Leaving Certificate Examination (including Day School Certificate (Higher) General paper), 1938
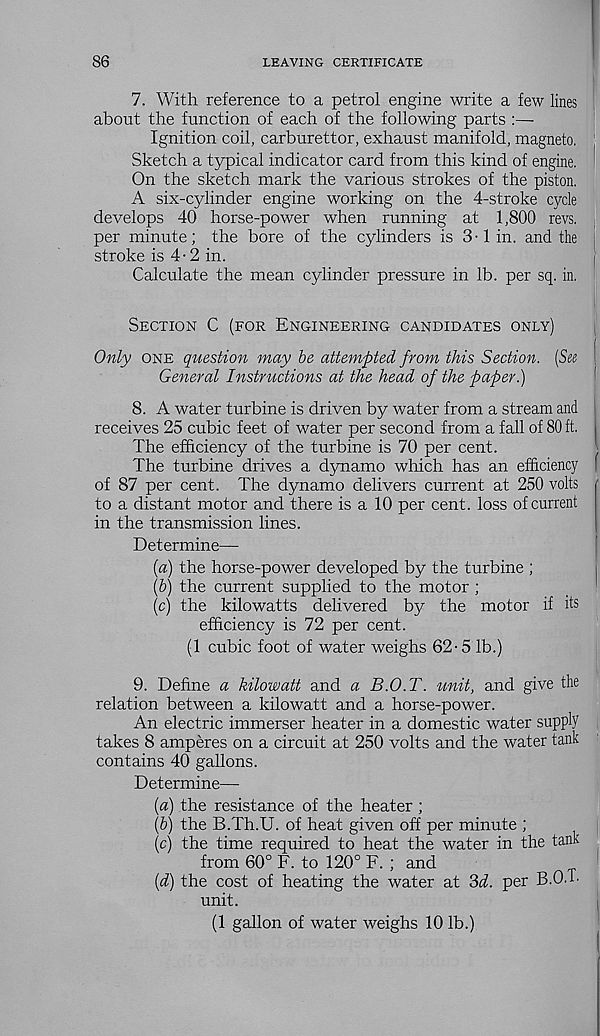
86
LEAVING CERTIFICATE
7. With reference to a petrol engine write a few lines
about the function of each of the following parts :—-
Ignition coil, carburettor, exhaust manifold, magneto,
Sketch a typical indicator card from this kind of engine.
On the sketch, mark the various strokes of the piston.
A six-cylinder engine working on the 4-stroke cycle
develops 40 horse-power when running at 1,800 revs,
per minute; the bore of the cylinders is 3-1 in. and the
stroke is 4 - 2 in.
Calculate the mean cylinder pressure in lb. per sq. in,
Section C (for Engineering candidates only)
Only one question may be attempted from this Section. (See
General Instructions at the head of the paper.)
8. A water turbine is driven by water from a stream and
receives 25 cubic feet of water per second from a fall of 80 ft.
The efficiency of the turbine is 70 per cent.
The turbine drives a dynamo which has an efficiency
of 87 per cent. The dynamo delivers current at 250 volts
to a distant motor and there is a 10 per cent, loss of current
in the transmission lines.
Determine—
(a) the horse-power developed by the turbine ;
(b) the current supplied to the motor ;
(c) the kilowatts delivered by the motor if its
efficiency is 72 per cent.
(1 cubic foot of water weighs 62-5 lb.)
9. Define a kilowatt and a B.O.T. unit, and give the
relation between a kilowatt and a horse-power.
An electric immerser heater in a domestic water supply
takes 8 amperes on a circuit at 250 volts and the water tank
contains 40 gallons.
Determine—
(a) the resistance of the heater ;
(b) the B.Th.U. of heat given off per minute ;
(c) the time required to heat the water in the tank
from 60° F. to 120° F. ; and
(d) the cost of heating the water at 3d. per B.O.T.
unit.
(1 gallon of water weighs 10 lb.)